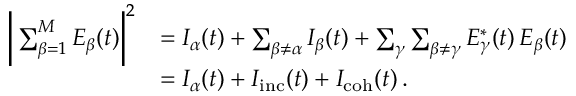
\begin{array} { r l } { \bigg | \sum _ { \beta = 1 } ^ { M } E _ { \beta } ( t ) \bigg | ^ { 2 } } & { = I _ { \alpha } ( t ) + \sum _ { \beta \neq \alpha } I _ { \beta } ( t ) + \sum _ { \gamma } \sum _ { \beta \neq \gamma } E _ { \gamma } ^ { * } ( t ) \, E _ { \beta } ( t ) } \\ & { = I _ { \alpha } ( t ) + I _ { \mathrm { i n c } } ( t ) + I _ { \mathrm { c o h } } ( t ) \, . } \end{array}